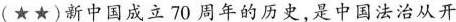
(★★)新中国成立 70 周年的历史，是中国法治从开